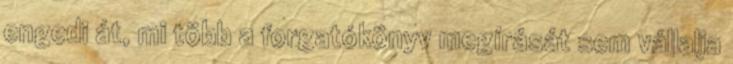
engedi át, mi több a forgatókönyv megírását sem vállalja